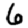
Digit: 6